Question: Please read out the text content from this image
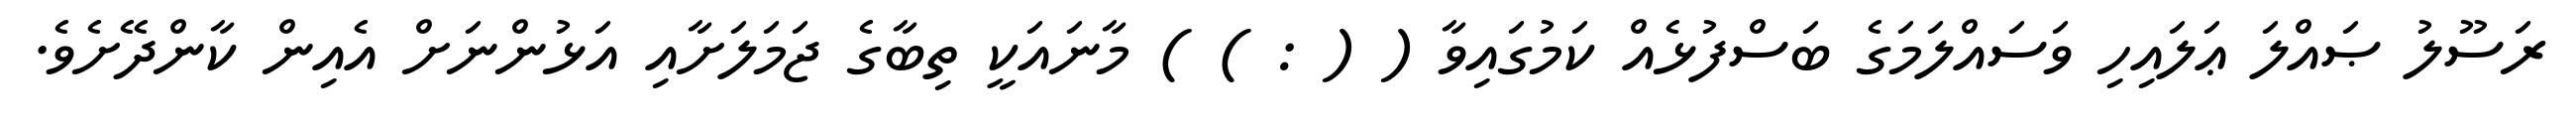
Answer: ރަސޫލު ޞައްލަ ޢަލައިހި ވަސައްލަމަގެ ބަސްފުޅެއް ކަމުގައިވާ ( ( : ) ) މާނައަކީ ތިބާގެ ޖަމަލަށާއި އަޅުންނަށް އެއިން ކާންދޭށެވެ.